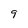
Character: 9